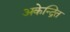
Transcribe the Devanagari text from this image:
अकेन्द्रित